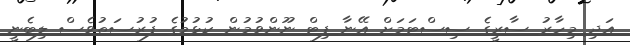
އަދި މިހާރު ސާރީގެ ސިސްޓަމަށް އޭނާ ފިޓް ނޫންވުމުން ކުޅުމުގެ ފުރުސަތުވެސް ލިބެނީ